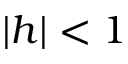
| h | < 1